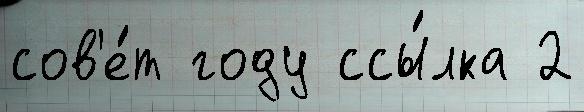
сов'е́т году ссы́лка 2